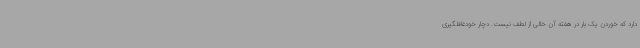
دارد که خوردن یک بار در هفته آن خالی از لطف نیست. دچار خودغافلگیری